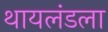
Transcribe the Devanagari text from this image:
थायलंडला